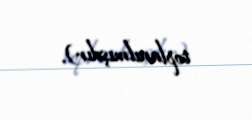
toplanılmışdır).